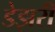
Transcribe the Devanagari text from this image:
डेझरी